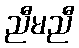
ညီမညီ